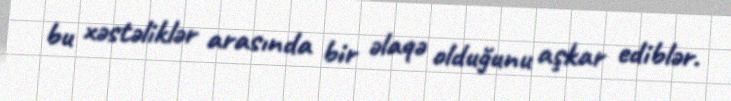
bu xəstəliklər arasında bir əlaqə olduğunu aşkar ediblər.